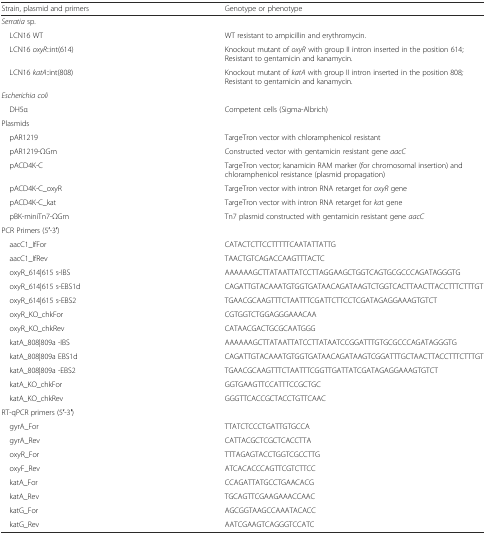
<table><thead><tr><td><b>Strain, plasmid and primers</b></td><td><b>Genotype or phenotype</b></td></tr></thead><tbody><tr><td colspan="2"><i>Serratia</i> sp.</td></tr><tr><td> LCN16 WT</td><td>WT resistant to ampicillin and erythromycin.</td></tr><tr><td> LCN16 <i>oxyR</i>::int(614)</td><td>Knockout mutant of <i>oxyR</i> with group II intron inserted in the position 614; Resistant to gentamicin and kanamycin.</td></tr><tr><td> LCN16 <i>katA</i>::int(808)</td><td>Knockout mutant of <i>katA</i> with group II intron inserted in the position 808<i>;</i> Resistant to gentamicin and kanamycin.</td></tr><tr><td colspan="2"><i>Escherichia coli</i></td></tr><tr><td> DH5α</td><td>Competent cells (Sigma-Albrich)</td></tr><tr><td colspan="2">Plasmids</td></tr><tr><td> pAR1219</td><td>TargeTron vector with chloramphenicol resistant</td></tr><tr><td> pAR1219-ΩGm</td><td>Constructed vector with gentamicin resistant gene <i>aacC</i></td></tr><tr><td> pACD4K-C</td><td>TargeTron vector; kanamicin RAM marker (for chromosomal insertion) and chloramphenicol resistance (plasmid propagation)</td></tr><tr><td> pACD4K-C_oxyR</td><td>TargeTron vector with intron RNA retarget for <i>oxyR</i> gene</td></tr><tr><td> pACD4K-C_kat</td><td>TargeTron vector with intron RNA retarget for <i>ka</i>t gene</td></tr><tr><td> pBK-miniTn7-ΩGm</td><td>Tn7 plasmid constructed with gentamicin resistant gene <i>aacC</i></td></tr><tr><td colspan="2">PCR Primers (5′-3′)</td></tr><tr><td> aacC1_IfFor</td><td>CATACTCTTCCTTTTTCAATATTATTG</td></tr><tr><td> aacC1_IfRev</td><td>TAACTGTCAGACCAAGTTTACTC</td></tr><tr><td> oxyR_614|615 s-IBS</td><td>AAAAAAGCTTATAATTATCCTTAGGAAGCTGGTCAGTGCGCCCAGATAGGGTG</td></tr><tr><td> oxyR_614|615 s-EBS1d</td><td>CAGATTGTACAAATGTGGTGATAACAGATAAGTCTGGTCACTTAACTTACCTTTCTTTGT</td></tr><tr><td> oxyR_614|615 s-EBS2</td><td>TGAACGCAAGTTTCTAATTTCGATTCTTCCTCGATAGAGGAAAGTGTCT</td></tr><tr><td> oxyR_KO_chkFor</td><td>CGTGGTCTGGAGGGAAACAA</td></tr><tr><td> oxyR_KO_chkRev</td><td>CATAACGACTGCGCAATGGG</td></tr><tr><td> katA_808|809a -IBS</td><td>AAAAAAGCTTATAATTATCCTTATAATCCGGATTTGTGCGCCCAGATAGGGTG</td></tr><tr><td> katA_808|809a EBS1d</td><td>CAGATTGTACAAATGTGGTGATAACAGATAAGTCGGATTTGCTAACTTACCTTTCTTTGT</td></tr><tr><td> katA_808|809a -EBS2</td><td>TGAACGCAAGTTTCTAATTTCGGTTGATTATCGATAGAGGAAAGTGTCT</td></tr><tr><td> katA_KO_chkFor</td><td>GGTGAAGTTCCATTTCCGCTGC</td></tr><tr><td> katA_KO_chkRev</td><td>GGGTTCACCGCTACCTGTTCAAC</td></tr><tr><td colspan="2">RT-qPCR primers (5′-3′)</td></tr><tr><td> gyrA_For</td><td>TTATCTCCCTGATTGTGCCA</td></tr><tr><td> gyrA_Rev</td><td>CATTACGCTCGCTCACCTTA</td></tr><tr><td> oxyR_For</td><td>TTTAGAGTACCTGGTCGCCTTG</td></tr><tr><td> oxyF_Rev</td><td>ATCACACCCAGTTCGTCTTCC</td></tr><tr><td> katA_For</td><td>CCAGATTATGCCTGAACACG</td></tr><tr><td> katA_Rev</td><td>TGCAGTTCGAAGAAACCAAC</td></tr><tr><td> katG_For</td><td>AGCGGTAAGCCAAATACACC</td></tr><tr><td> katG_Rev</td><td>AATCGAAGTCAGGGTCCATC</td></tr></tbody></table>